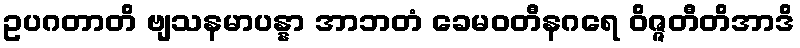
ဥပဂတာတိ ဗျသနမာပန္နာ အာဘတံ ခေမဝတီနဂရေ ဝိဇ္ဇတီတိအာဒိ